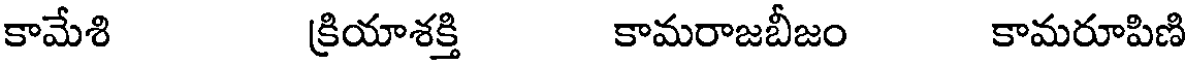
కామేశి క్రియాశక్తి కామరాజబీజం కామరూపిణి